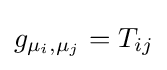
g_{\mu _{i},\mu _{j}}=T_{ij}